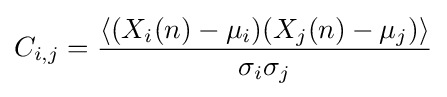
C_{i,j}={\frac {\left\langle (X_{i}(n)-\mu _{i})(X_{j}(n)-\mu _{j})\right\rangle }{\sigma _{i}\sigma _{j}}}